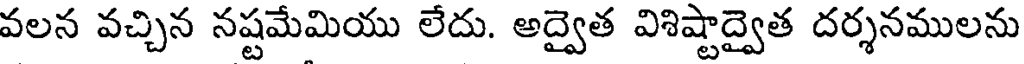
వలన వచ్చిన నష్టమేమియు లేదు. అద్వైత విశిష్టాద్వైత దర్శనములను